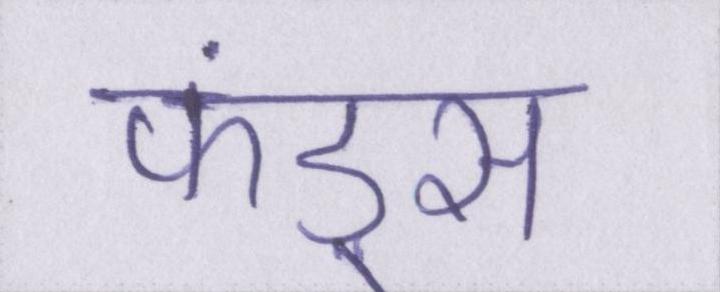
फंड्स